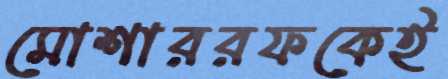
মোশাররফকেই